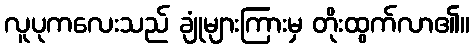
လူပုကလေးသည် ချုံများကြားမှ တိုးထွက်လာ၏။